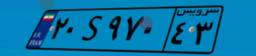
۲۰S۹۷۰۴۳